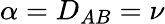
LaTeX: \alpha=D_{AB}=\nu